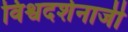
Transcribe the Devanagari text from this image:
विश्वदर्शनाजी